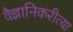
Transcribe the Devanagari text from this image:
वैज्ञानिकरीत्या